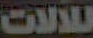
للآلات